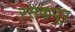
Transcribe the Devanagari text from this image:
रसकपूर